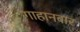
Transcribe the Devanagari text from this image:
गाहानबार